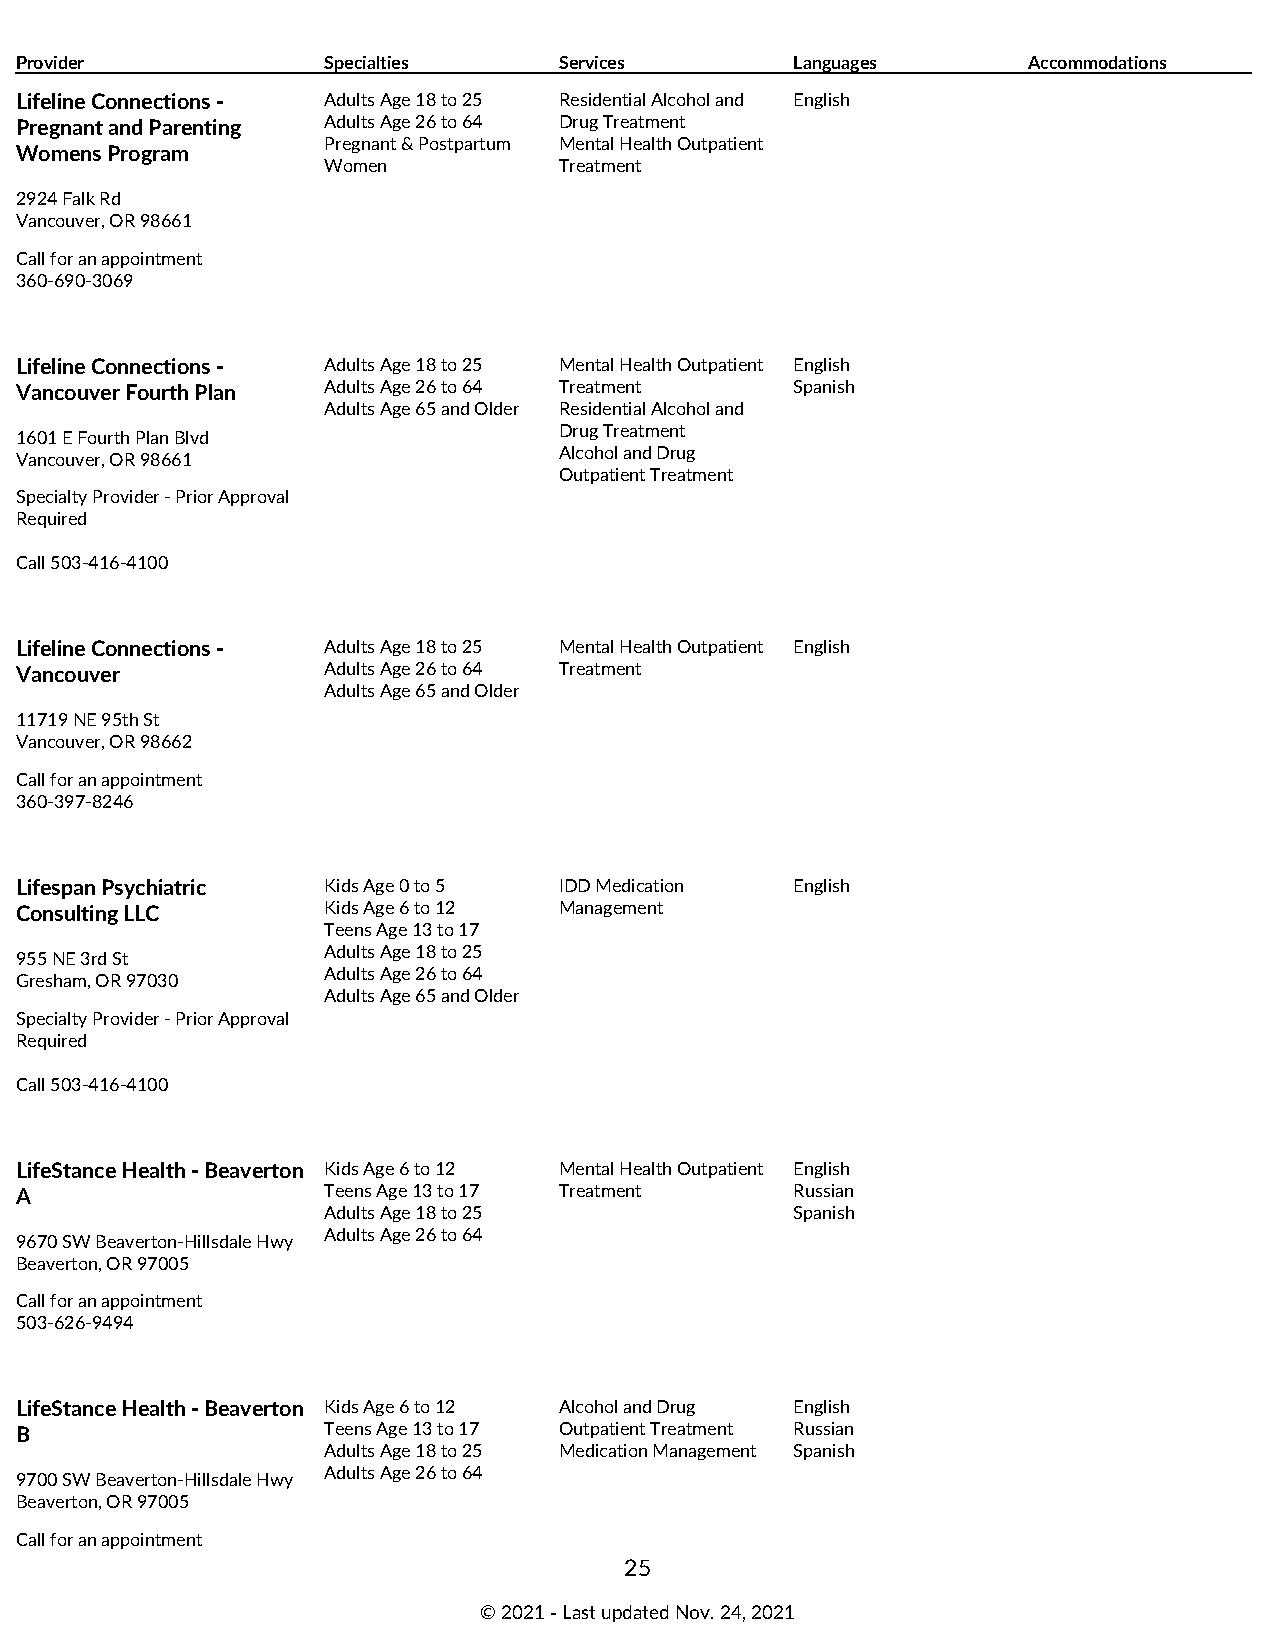
Provider            Specialties     Services        Languages      Accommodations
 Lifeline Connections - Adults Age 18 to 25 Residential Alcohol and English
 Pregnant and Parenting Adults Age 26 to 64 Drug Treatment
 Pregnant & Postpartum Mental Health Outpatient
 Womens Program
 Women           Treatment
 2924 Falk Rd
 Vancouver, OR 98661
 Call for an appointment
 360-690-3069
 Lifeline Connections - Adults Age 18 to 25 Mental Health Outpatient English
 Vancouver Fourth Plan Adults Age 26 to 64 Treatment Spanish
 Adults Age 65 and Older Residential Alcohol and
 Drug Treatment
 1601 E Fourth Plan Blvd
 Alcohol and Drug
 Vancouver, OR 98661
 Outpatient Treatment
 Specialty Provider - Prior Approval
 Required
 Call 503-416-4100
 Lifeline Connections - Adults Age 18 to 25 Mental Health Outpatient English
 Vancouver           Adults Age 26 to 64 Treatment
 Adults Age 65 and Older
 11719 NE 95th St
 Vancouver, OR 98662
 Call for an appointment
 360-397-8246
 Lifespan Psychiatric Kids Age 0 to 5 IDD Medication English
 Consulting LLC      Kids Age 6 to 12 Management
 Teens Age 13 to 17
 Adults Age 18 to 25
 955 NE 3rd St
 Adults Age 26 to 64
 Gresham, OR 97030
 Adults Age 65 and Older
 Specialty Provider - Prior Approval
 Required
 Call 503-416-4100
 LifeStance Health - Beaverton Kids Age 6 to 12 Mental Health Outpatient English
 A                   Teens Age 13 to 17 Treatment    Russian
 Adults Age 18 to 25             Spanish
 Adults Age 26 to 64
 9670 SW Beaverton-Hillsdale Hwy
 Beaverton, OR 97005
 Call for an appointment
 503-626-9494
 LifeStance Health - Beaverton Kids Age 6 to 12 Alcohol and Drug English
 B                   Teens Age 13 to 17 Outpatient Treatment Russian
 Adults Age 18 to 25 Medication Management Spanish
 Adults Age 26 to 64
 9700 SW Beaverton-Hillsdale Hwy
 Beaverton, OR 97005
 Call for an appointment
 25
 © 2021 ‑ Last updated Nov. 24, 2021